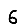
Digit: 6